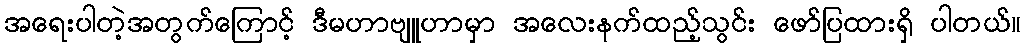
အရေးပါတဲ့အတွက်ကြောင့် ဒီမဟာဗျူဟာမှာ အလေးနက်ထည့်သွင်း ဖော်ပြထားရှိ ပါတယ်။